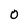
Character: 0